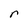
Character: r